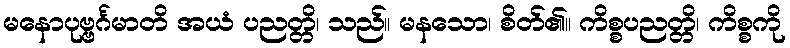
မနောပုဗ္ဗင်္ဂမာတိ အယံ ပညတ္တိ၊ သည်။ မနသော၊ စိတ်၏။ ကိစ္စပညတ္တိ၊ ကိစ္စကို